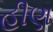
હીણ